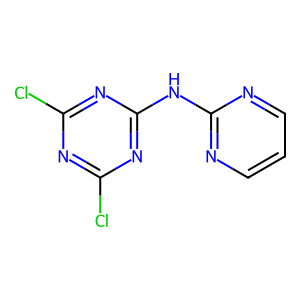
SMILES: Clc1nc(Cl)nc(Nc2ncccn2)n1
Inhibits HIV replication: No